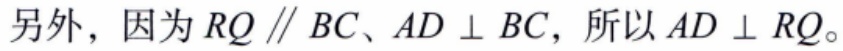
另外，因为\(RQ \parallel BC、AD \perp BC\)，所以\(AD \perp RQ\)。